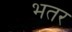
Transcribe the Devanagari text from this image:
भतर